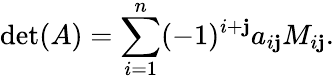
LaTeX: \operatorname*{det}(A)=\sum_{i=1}^{n}(-1)^{i+\mathbf{j}}a_{i\mathbf{j}}M_{i\mathbf{j}}.